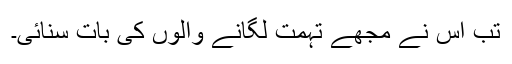
تب اس نے مجھے تہمت لگانے والوں کی بات سنائی۔